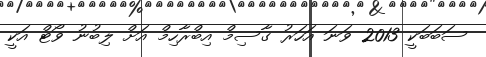
ސަބަބަކީ 2013 ވަނަ އަހަރު ގާސިމް އިބްރާހިމް އަށް ލިބުނު ވޯޓް އަކީ